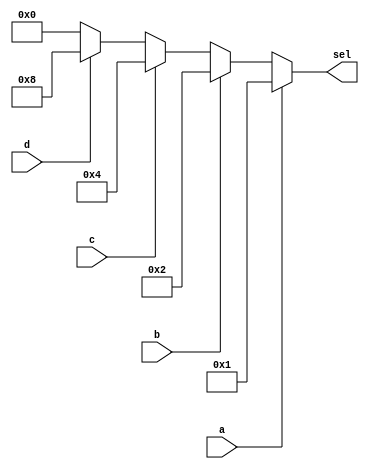
`timescale 1ns / 1ps
//////////////////////////////////////////////////////////////////////////////////
// Company: 
// Engineer: 
// 
// Design Name: 
// Module Name:    gg 
// Project Name: 
// Target Devices: 
// Tool versions: 
// Description: 
//
// Dependencies: 
//
// Revision: 
// Revision 0.01 - File Created
// Additional Comments: 
//
//////////////////////////////////////////////////////////////////////////////////
module gg(
    input a,
    input b,
    input c,
    input d,
    output reg [3:0] sel
    );

always @ ( *)
begin
if (a)
begin 
////
sel = ~4'b1110;
end
else  if (b)
begin 

sel = ~4'b1101;
end
else if (c)
begin 

sel = ~4'b1011;
end
else if(d)
begin 
sel = ~4'b0111;
end
else sel= ~4'b1111;

end 
endmodule